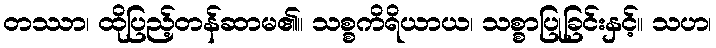
တဿာ၊ ထိုပြည့်တန်ဆာမ၏။ သစ္စကိရိယာယ၊ သစ္စာပြုခြင်းနှင့်။ သဟ၊